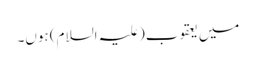
میں یعقوب(علیہ السلام) ہوں۔